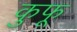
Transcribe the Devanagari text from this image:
कुफू